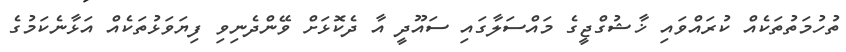
ތުހުމަތުތަކެއް ކުރައްވައި ޚާޝުގްޖީގެ މައްސަލާގައި ސައޫދީ އާ ދެކޮޅަށް ވޭންދެނިވި ފިޔަވަޅުތަކެއް އަޅާނެކަމުގެ